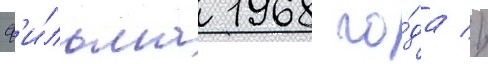
ф'и́льма 1968 го́да //